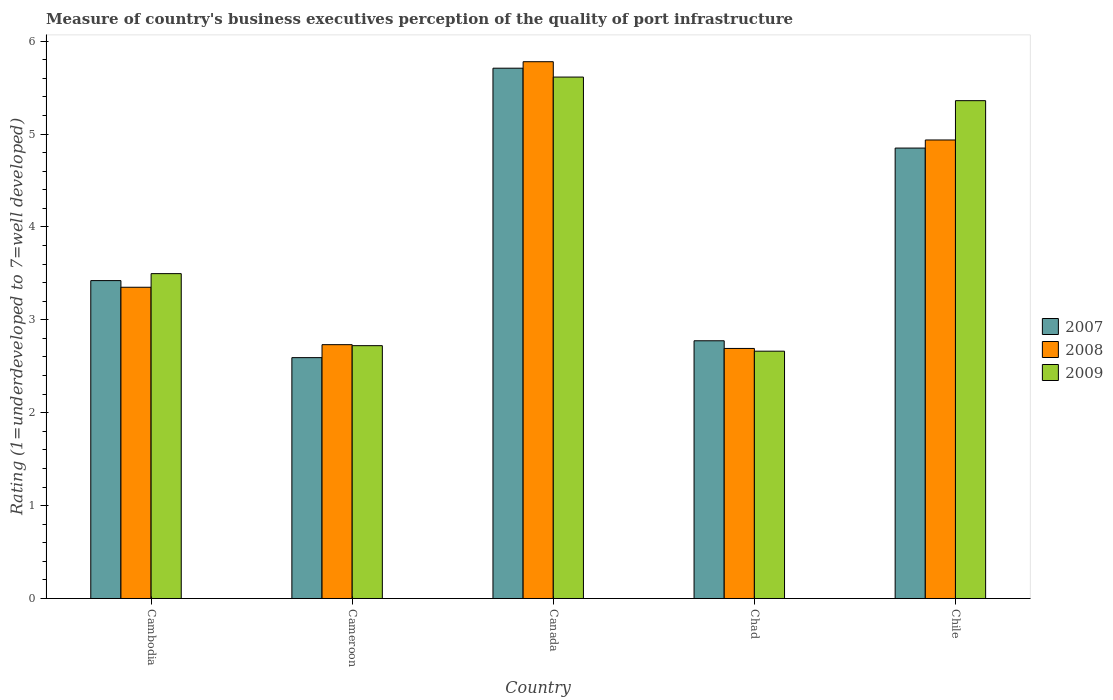
| Country | 2007 | 2008 | 2009 |
 | --- | --- | --- | --- |
 | Cambodia | 3.42 | 3.35 | 3.5 |
 | Cameroon | 2.59 | 2.73 | 2.72 |
 | Canada | 5.71 | 5.78 | 5.61 |
 | Chad | 2.77 | 2.69 | 2.66 |
 | Chile | 4.85 | 4.94 | 5.36 |